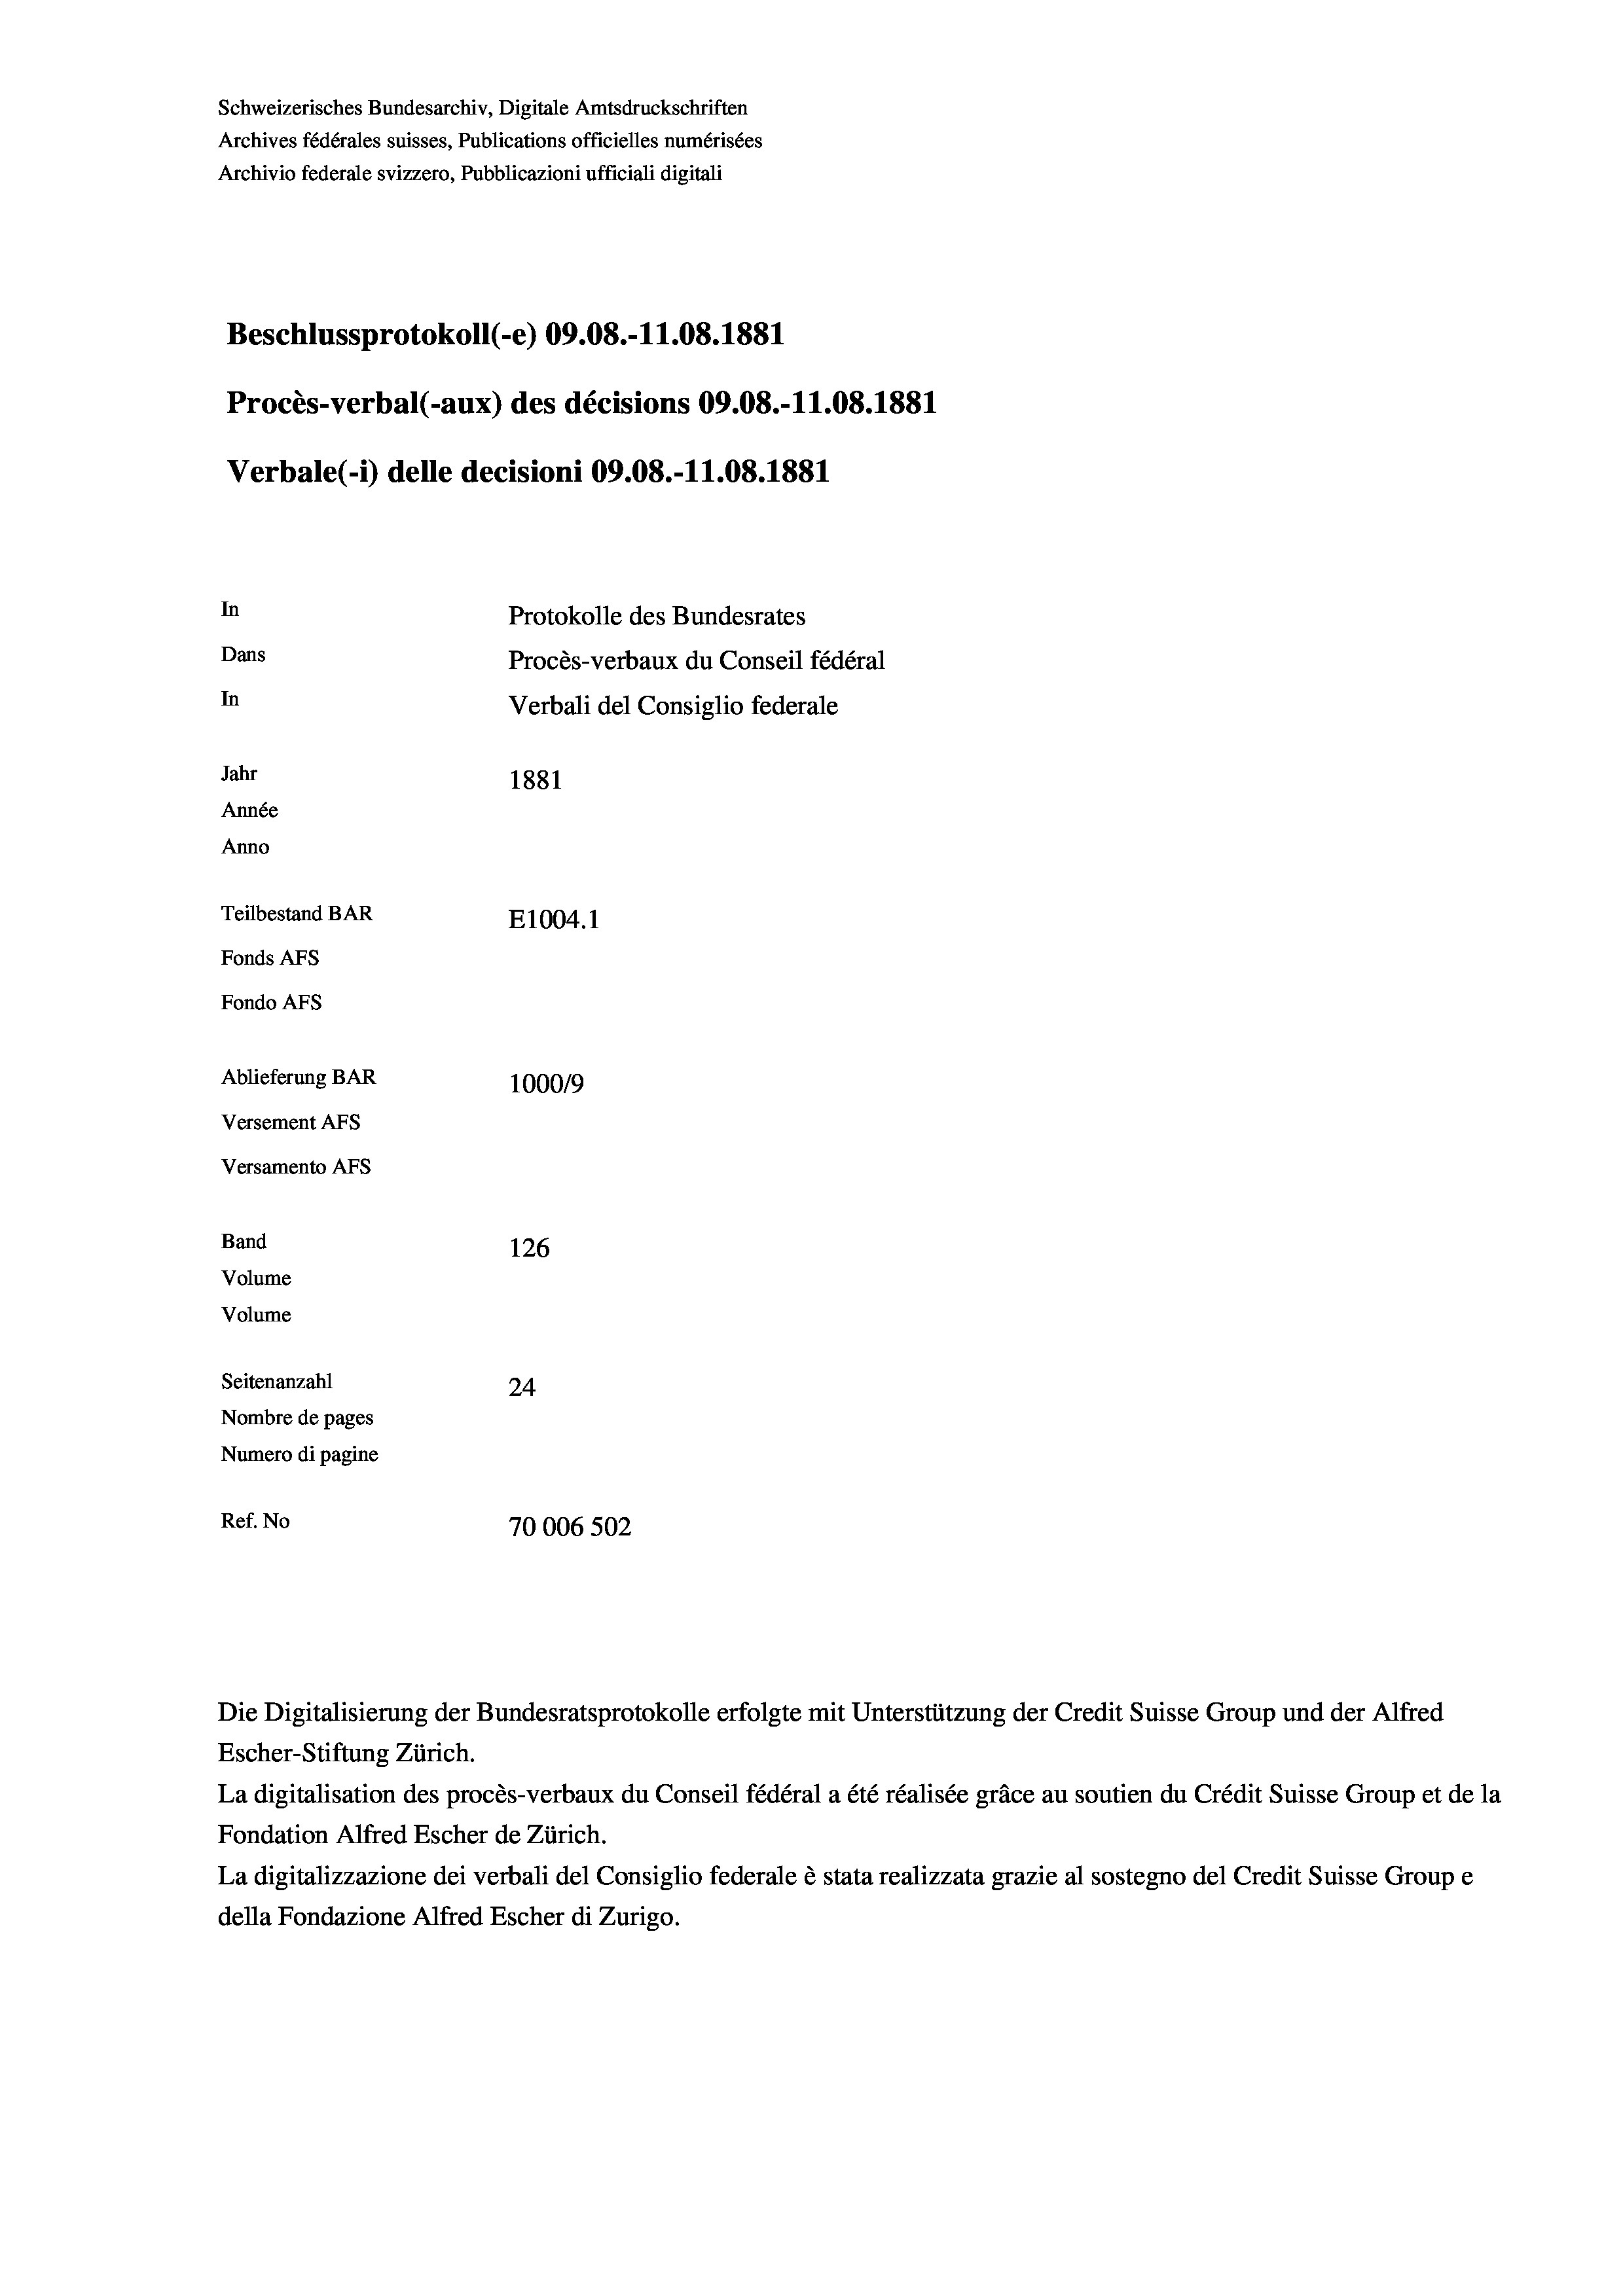
Schweizerisches Bundesarchiv, Digitale Amtsdruckschriften
Archives fédérales suisses, Publications officielles numérisées
Archivio federale svizzero, Pubblicazioni ufficiali digitali
Beschlussprotokoll (-e) 09.08.-11.08. 1881
Procès-verbal (-aux) des décisions 09.08.-11.08. 1881
Verbale (i) delle decisioni 09.08.-11.08. 1881
In
Protokolle des Bundesrates
Dans
Procès-verbaux du Conseil fédéral
In
Verbali del Consiglio federale
Jahr
1881
Année
Anno
Teilbestand BAR
E1004.1
Fonds AFs
Fondo Afs
Ablieferung BAR
100019
Versement AFs
Versamento AFs
Band
126
Volume
Volume
Seitenanzahl
24
Nombre de pages
Numero di pagine
Ref. No
70006 502

Die Digitalisierung der Bundesratsprotokolle erfolgte mit Unterstützung der Credit Suisse Group und der Alfred
Escher-Stiftung Zürich.
La digitalisation des procès-verbaux du Conseil fédéral a été réalisée gräce au soutien du Crédit Suisse Group et de la
Fondation Alfred Escher de Zürich.
La digitalizzazione dei verbali del Consiglio federale è stata realizzata grazie al sostegno del Credit Suisse Groupe
della Fondazione Alfred Escher di Zurigo.